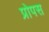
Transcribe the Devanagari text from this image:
प्रोपस